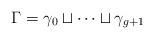
LaTeX: \begin{align*}\Gamma = \gamma_0 \sqcup \cdots \sqcup \gamma_{g+1}\end{align*}